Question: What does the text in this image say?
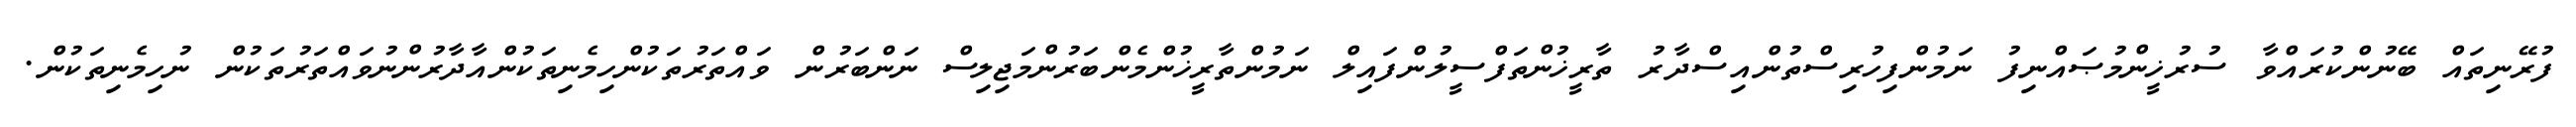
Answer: ފުރޭނިތައް ބޭނުންކުރައްވާ ސުރުޚީންމުޞައްނިފު ނަމުންފިހުރިސްތުންއިސްދާރު ތާރީޚުންތަފްސީލުންފައިލް ނަމުންތާރީޚުންމެންބަރުންމަޖިލިސް ނަންބަރުން ވައްތަރުތަކުންހިމެނިތަކުންއާދާރުންނުވައްތަރުތަކުން ނުހިމެނިތަކުން.